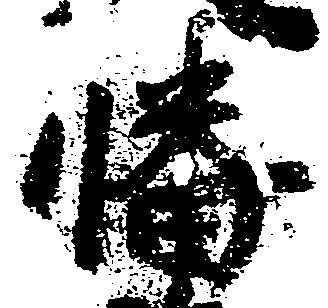
幡